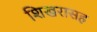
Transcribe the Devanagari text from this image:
शिखरासह